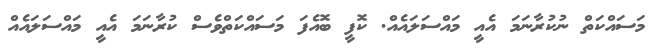
މަސައްކަތް ނުކުރާނަމަ އެއީ މައްސަލައެއް. ކޮފީ ބޮއެފަ މަސައްކަތްވެސް ކުރާނަމަ އެއީ މައްސަލައެއް